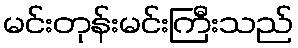
မင်းတုန်းမင်းကြီးသည်